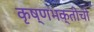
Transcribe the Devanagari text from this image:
कृष्णभक्तीची